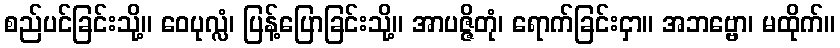
စည်ပင်ခြင်းသို့။ ဝေပုလ္လံ၊ ပြန့်ပြောခြင်းသို့။ အာပဇ္ဇိတုံ၊ ရောက်ခြင်းငှာ။ အဘဗ္ဗော၊ မထိုက်။